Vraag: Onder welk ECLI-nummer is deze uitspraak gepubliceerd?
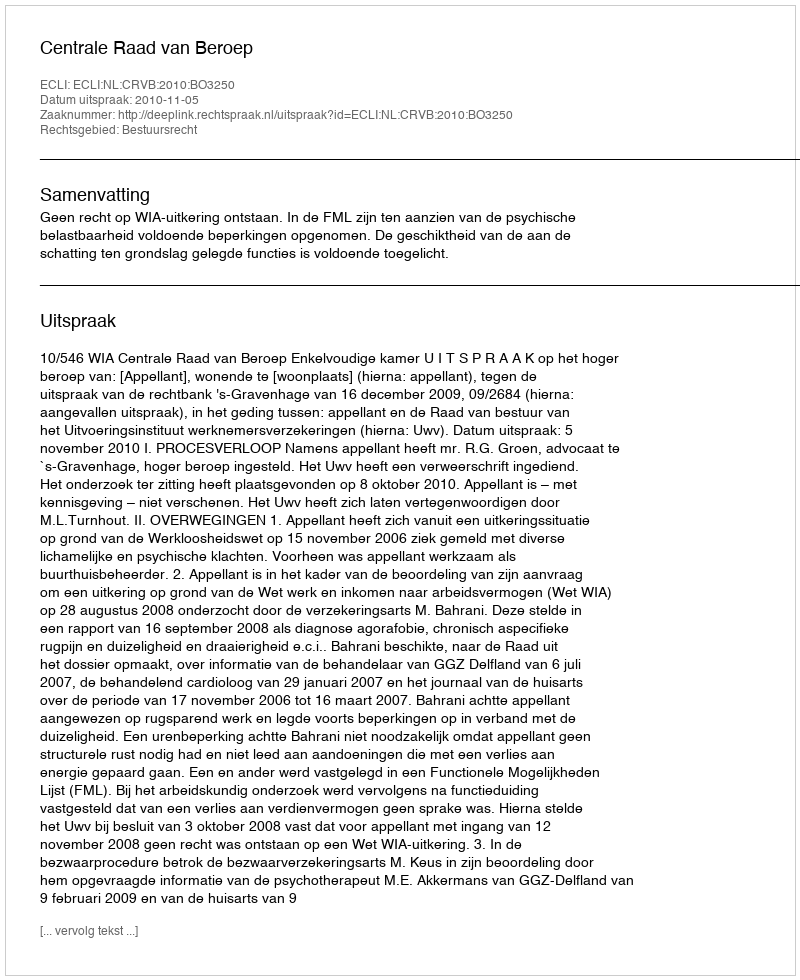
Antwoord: ECLI:NL:CRVB:2010:BO3250